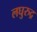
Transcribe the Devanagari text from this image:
लघुरुद्र